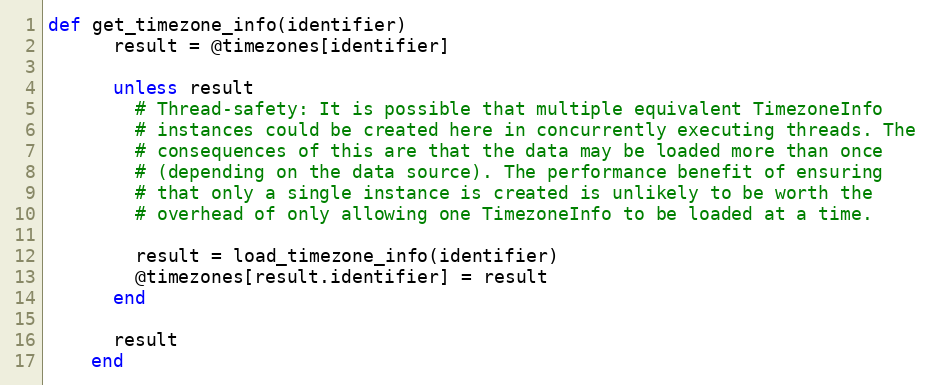
Language: Ruby
def get_timezone_info(identifier)
      result = @timezones[identifier]

      unless result
        # Thread-safety: It is possible that multiple equivalent TimezoneInfo
        # instances could be created here in concurrently executing threads. The
        # consequences of this are that the data may be loaded more than once
        # (depending on the data source). The performance benefit of ensuring
        # that only a single instance is created is unlikely to be worth the
        # overhead of only allowing one TimezoneInfo to be loaded at a time.

        result = load_timezone_info(identifier)
        @timezones[result.identifier] = result
      end

      result
    end